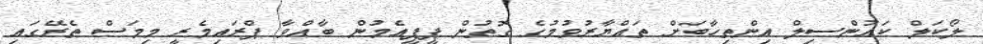
ލޯކަލް ކައުންސިލް އިންތިހާބަށް ތައްޔާރުވުމުގެ ގޮތުން ޕީޕީއެމުން ބާއްވާ ޕްރައިމެރީ މިމަސް ތެރޭގައި